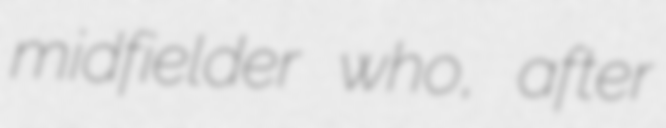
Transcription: midfielder who, after